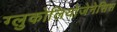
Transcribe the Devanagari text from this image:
ग्लुकोलियोजेनेसिस